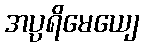
အပ္ပရိမေယျေ